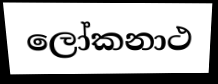
ලෝකනාථ